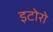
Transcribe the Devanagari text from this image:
इटोरो